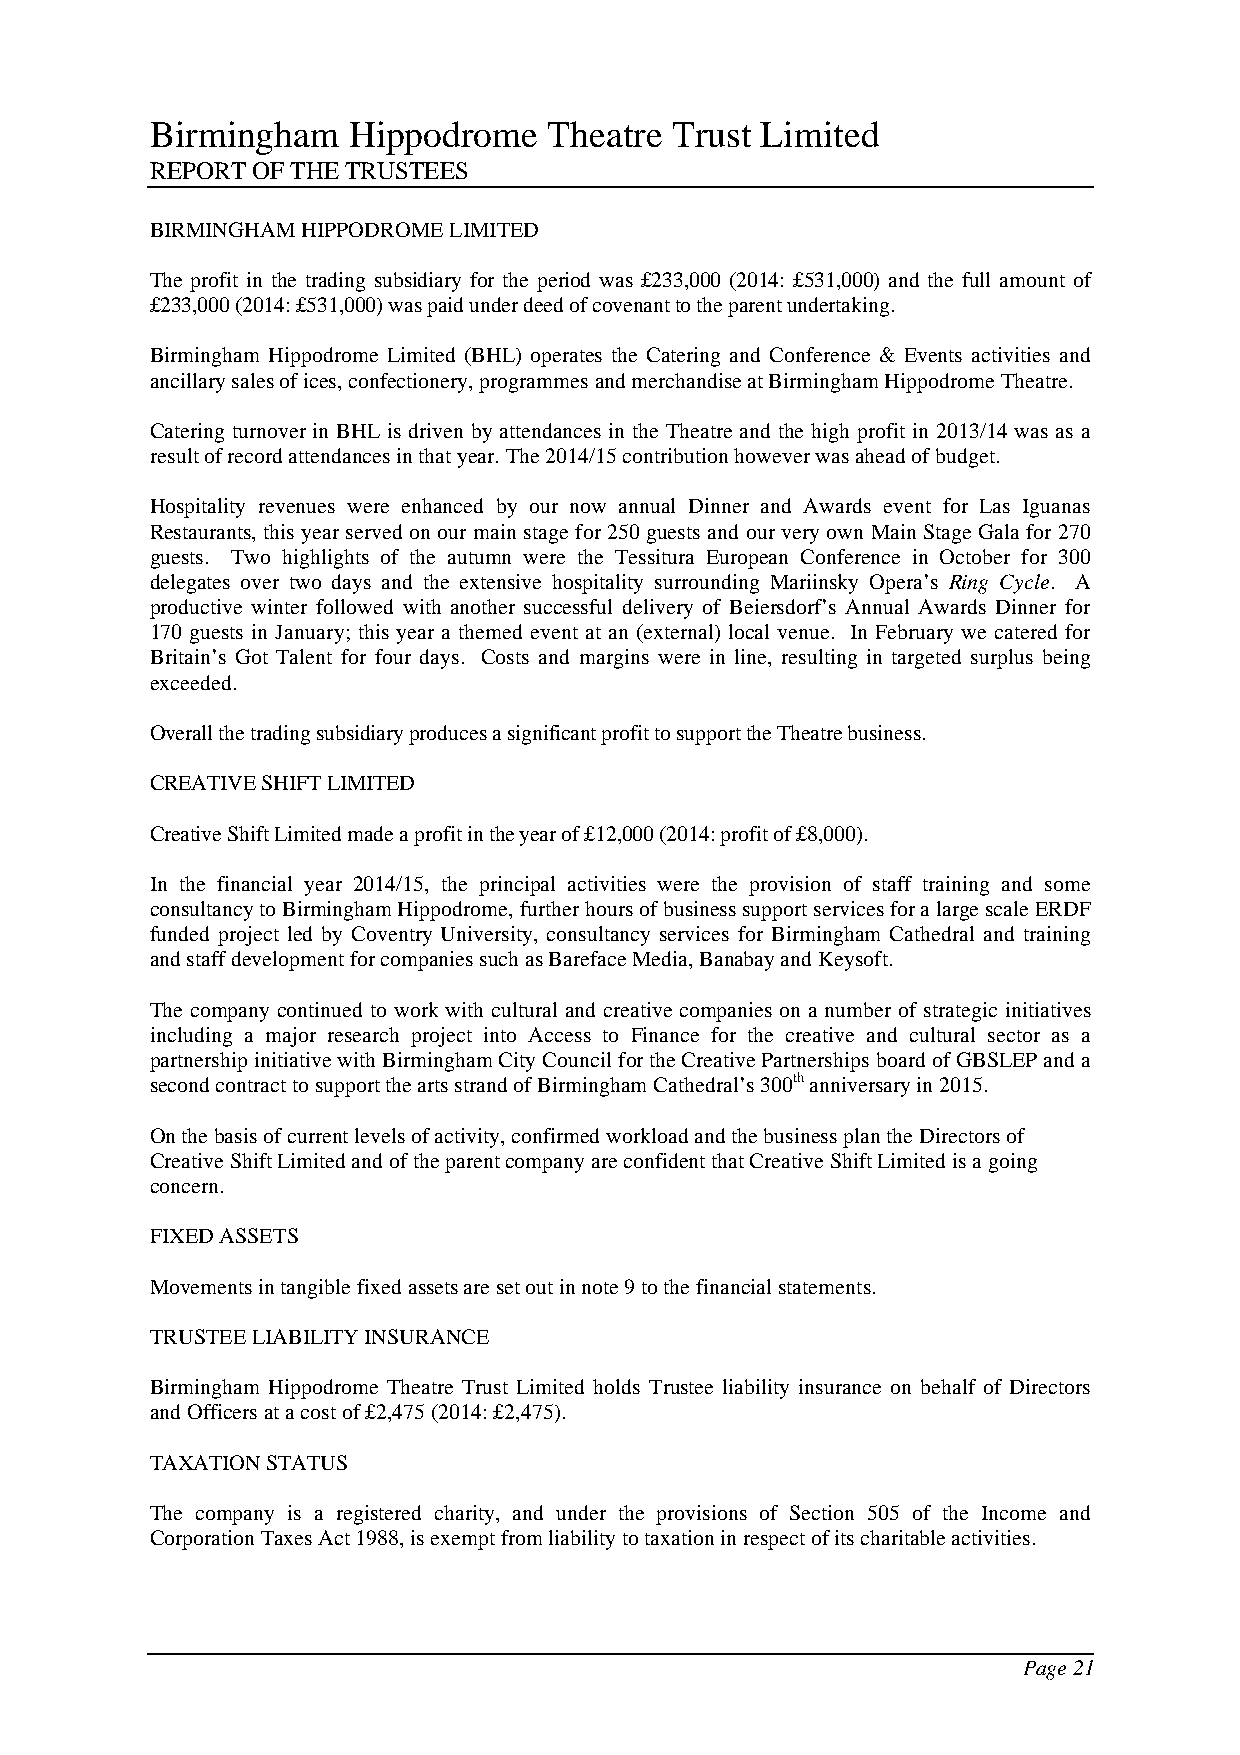
Birmingham   Hippodrome   Theatre Trust Limited
 REPORT OF THE TRUSTEES
 BIRMINGHAM HIPPODROME LIMITED
 The profit in the trading subsidiary for the period was £233,000 (2014: £531,000) and the full amount of
 £233,000 (2014: £531,000) was paid under deed of covenant to the parent undertaking.
 Birmingham Hippodrome Limited (BHL) operates the Catering and Conference & Events activities and
 ancillary sales of ices, confectionery, programmes and merchandise at Birmingham Hippodrome Theatre.
 Catering turnover in BHL is driven by attendances in the Theatre and the high profit in 2013/14 was as a
 result of record attendances in that year. The 2014/15 contribution however was ahead of budget.
 Hospitality revenues were enhanced by our now annual Dinner and Awards event for Las Iguanas
 Restaurants, this year served on our main stage for 250 guests and our very own Main Stage Gala for 270
 guests. Two highlights of the autumn were the Tessitura European Conference in October for 300
 delegates over two days and the extensive hospitality surrounding Mariinsky Opera’s Ring Cycle. A
 productive winter followed with another successful delivery of Beiersdorf’s Annual Awards Dinner for
 170 guests in January; this year a themed event at an (external) local venue. In February we catered for
 Britain’s Got Talent for four days. Costs and margins were in line, resulting in targeted surplus being
 exceeded.
 Overall the trading subsidiary produces a significant profit to support the Theatre business.
 CREATIVE SHIFT LIMITED
 Creative Shift Limited made a profit in the year of £12,000 (2014: profit of £8,000).
 In the financial year 2014/15, the principal activities were the provision of staff training and some
 consultancy to Birmingham Hippodrome, further hours of business support services for a large scale ERDF
 funded project led by Coventry University, consultancy services for Birmingham Cathedral and training
 and staff development for companies such as Bareface Media, Banabay and Keysoft.
 The company continued to work with cultural and creative companies on a number of strategic initiatives
 including a major research project into Access to Finance for the creative and cultural sector as a
 partnership initiative with Birmingham City Council for the Creative Partnerships board of GBSLEP and a
 second contract to support the arts strand of Birmingham Cathedral’s 300th anniversary in 2015.
 On the basis of current levels of activity, confirmed workload and the business plan the Directors of
 Creative Shift Limited and of the parent company are confident that Creative Shift Limited is a going
 concern.
 FIXED ASSETS
 Movements in tangible fixed assets are set out in note 9 to the financial statements.
 TRUSTEE LIABILITY INSURANCE
 Birmingham Hippodrome Theatre Trust Limited holds Trustee liability insurance on behalf of Directors
 and Officers at a cost of £2,475 (2014: £2,475).
 TAXATION STATUS
 The company is a registered charity, and under the provisions of Section 505 of the Income and
 Corporation Taxes Act 1988, is exempt from liability to taxation in respect of its charitable activities.
 Page 21